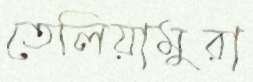
তেলিয়ামুরা